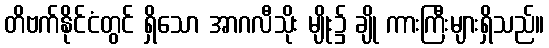
တိဗက်နိုင်ငံတွင် ရှိသော အာဂလီသိုး မျိုး၌ ချို ကားကြီးများရှိသည်။